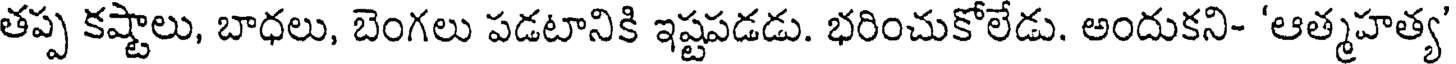
తప్ప కష్టాలు, బాధలు, బెంగలు పడటానికి ఇష్టపడడు. భరించుకోలేడు. అందుకని- 'ఆత్మహత్య